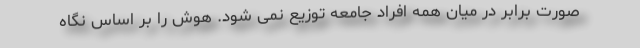
صورت برابر در میان همه افراد جامعه توزیع نمی شود. هوش را بر اساس نگاه